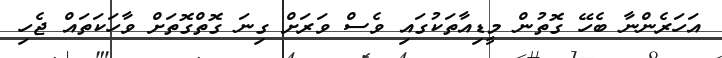
އަހަރެންނާ ބެހޭ ގޮތުން މީޑިއާތަކުގައި ވެސް ވަރަށް ގިނަ ގޮތްގޮތަށް ވާހަކަތައް ޖެހި